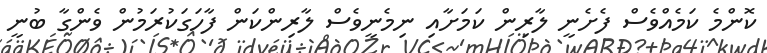
ކޮންމެ ކަމެއްވެސް ފެށެނީ ލާރިން ކަމަށާއި ނިމެނީވެސް ލާރިންކަން ފާހަގަކުރަމުން ވެންގާ ބުނީ